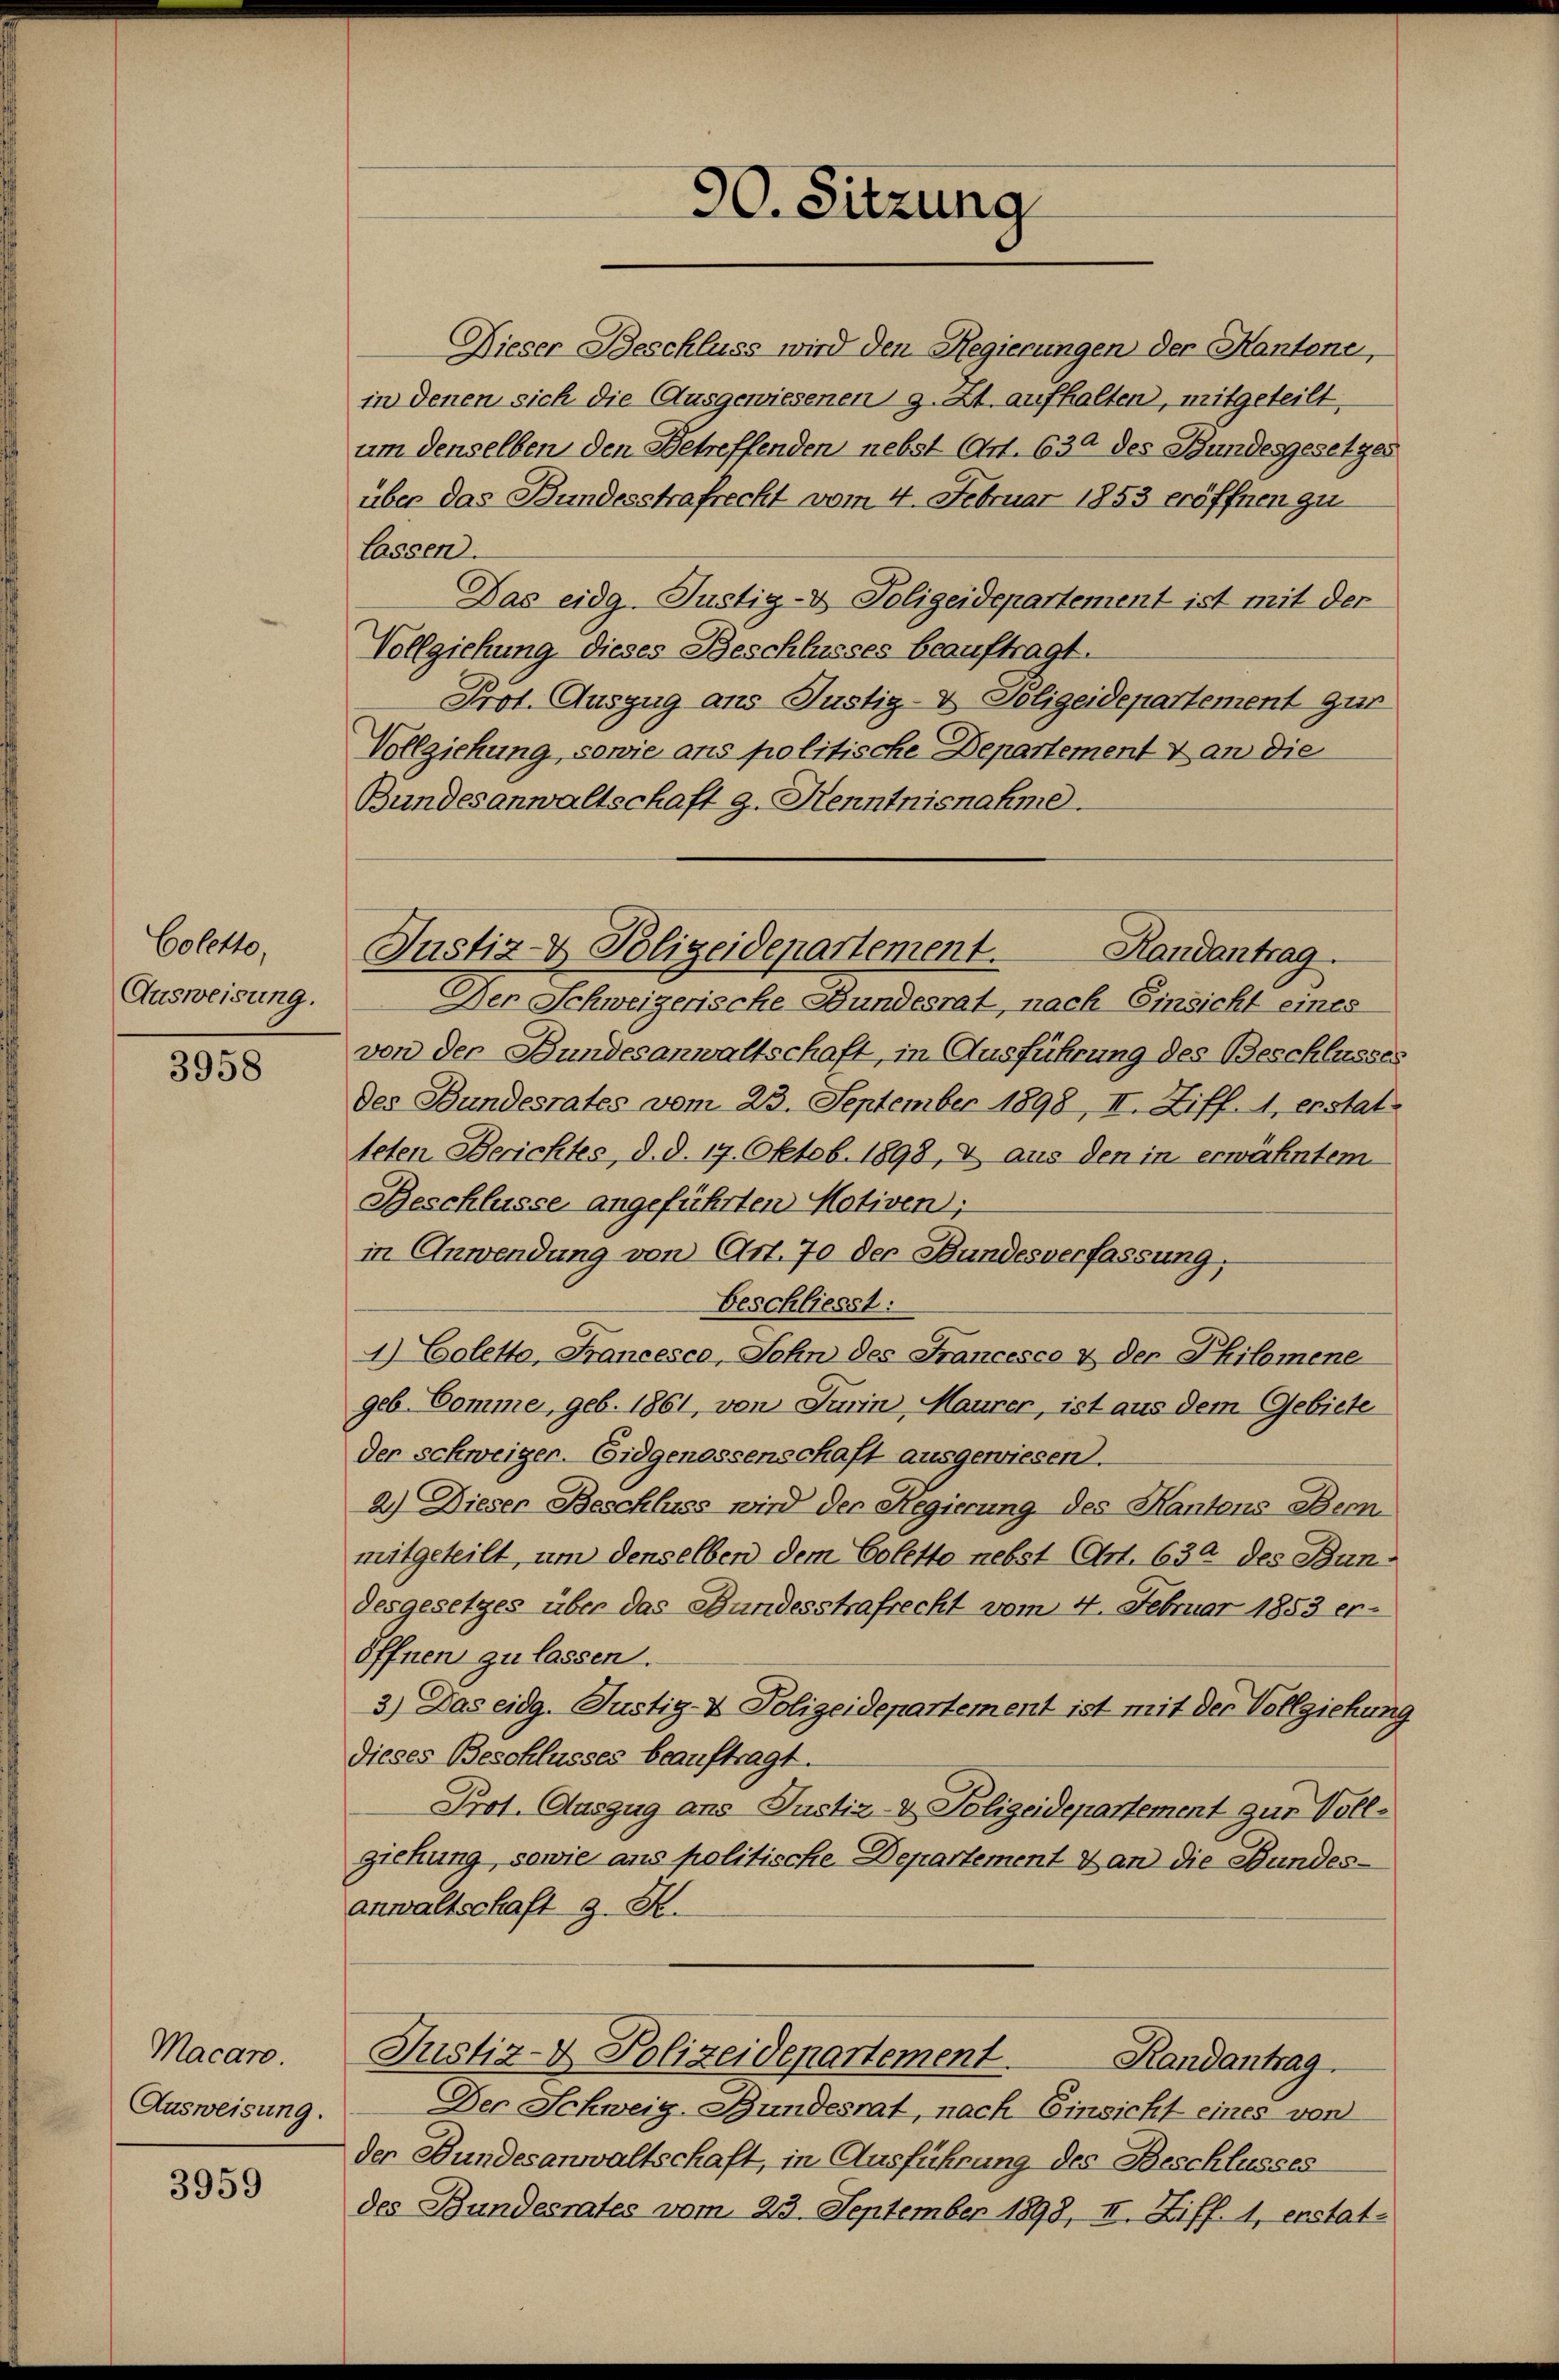
Coletto,
Ausweisung.

3958

Macaro.
Ausweisung.

3959

90. Sitzung

Dieser Beschluss wird den Regierungen der Hantone,
in denen sich die Ausgewiesenen g. Zt. aufhalten, mitgeteilt,
um denselben den Betreffenden nebst Art. 630 des Bundesgesetzes
über das Bundesstrafrecht vom 4. Februar 1853 eröffnen zu
lassen.
Das eidg.Justiz- & Polizeidepartement ist mit der
Vollziehung dieses Beschlusses beauftragt.
Prot. Auszug aus Justiz- & Polizeidepartement zur
Vollziehung, sowie ans politische Departement & an die
Bundesanwaltschaft g. Kenntnisnahme.
Der Schweizerische Bundesrat, nach Einsicht eines
von der Bundesanwaltschaft, in Ausführung des Beschlusses
des Bundesrates vom 23. September 1898, II. Ziff. 1, erstat-
teten Berichtes, d. d. 19. Oktob. 1898, & aus den in erwähntem
Beschlüsse angeführten Motiven);
in Anwendung von Art. 70 der Bundesverfassung.
Beschliesst:
) Coletto, Francesco, Sohn des Francesco & der Philomene
geb. Comme, geb. 1861, von Jurin, Maurer, ist aus dem Gebiete
der schweiger. Eidgenossenschaft ausgewiesen.
2.) Dieser Beschluss wird der Regierung des Kantons Benmitgeteilt, um denselben dem Coletto nebst Art. 630 des Bundesgesetzes über das Bundesstrafrecht vom 4. Februar 1853 er-
öffnen zu lassen.
3.) Das eidg. Justiz- & Polizeidepartement ist mit der Vollziehung
dieses Beschlusses beauftragt.
Prot. Auszug ans Justiz- & Polizeidepartement zur Vollziehung, sowie ans politische Departement an die Bundes-
anwaltschaft z. B.
Justiz- & Polizeidepartement
Randantrag
Der Schweig-Bundesrat, nach Einsicht eines von
der Bundesanwaltschaft, in Ausführung des Beschlusses
des Bundesrates vom 23. September 1893, II. Ziff. 1, erstat-

Justiz- & Polizeidepartement. Randantrag.

2